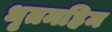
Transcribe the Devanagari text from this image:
धृतमहिम